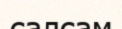
салсам